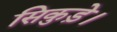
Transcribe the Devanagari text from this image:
सिकुड़े।